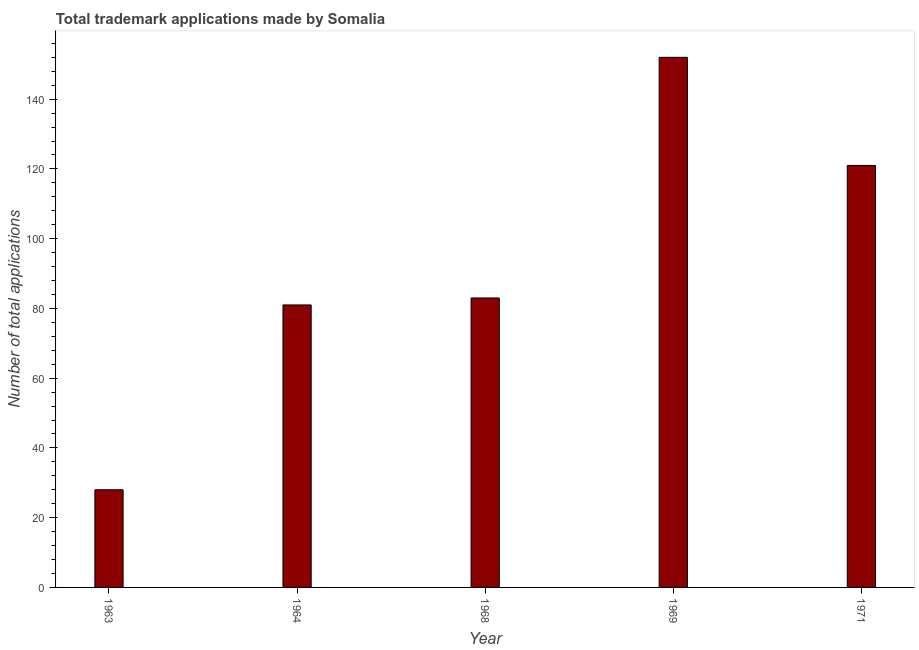
| Year | Trademark applications |
 | --- | --- |
 | 1963 | 28 |
 | 1964 | 81 |
 | 1968 | 83 |
 | 1969 | 152 |
 | 1971 | 121 |